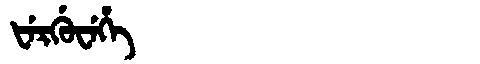
Manchu: ᡶᡝᡵᡤᡠᠸᡝᡥᡝ
Romanization: FERGUWEHE